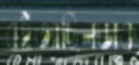
বইত্যাছিলডাক